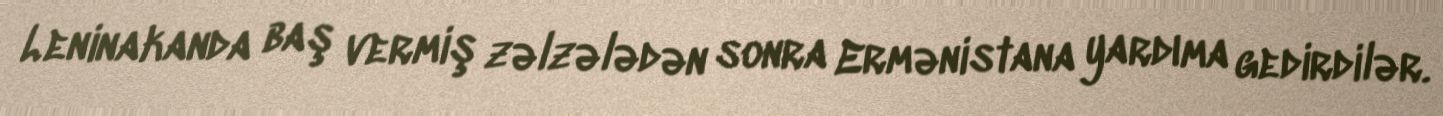
Leninakanda baş vermiş zəlzələdən sonra Ermənistana yardıma gedirdilər.